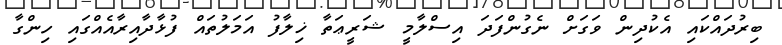
ބިރުދައްކައި އެކުދިން ވަގަށް ނެގުންފަދަ އިސްލާމީ ޝަރީޢަތާ ޚިލާފު އަމަލުތައް ފުޅާދާއިރާއެއްގައި ހިންގާ